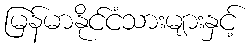
မြန်မာနိုင်ငံသားများနှင့်